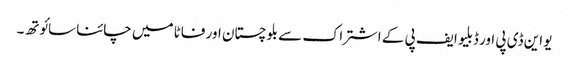
یو این ڈی پی اور ڈبلیو ایف پی کے اشتراک سے بلوچستان اور فاٹا میں چائنا سائوتھ۔